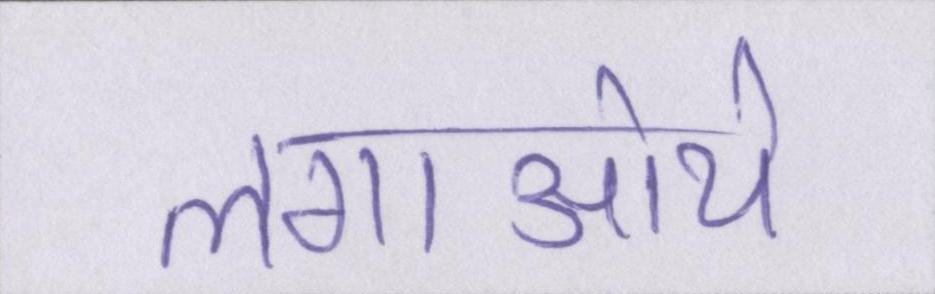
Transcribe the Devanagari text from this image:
लगाऒये